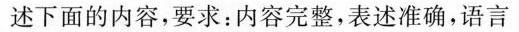
述下面的内容，要求：内容完整，表述准确，语言